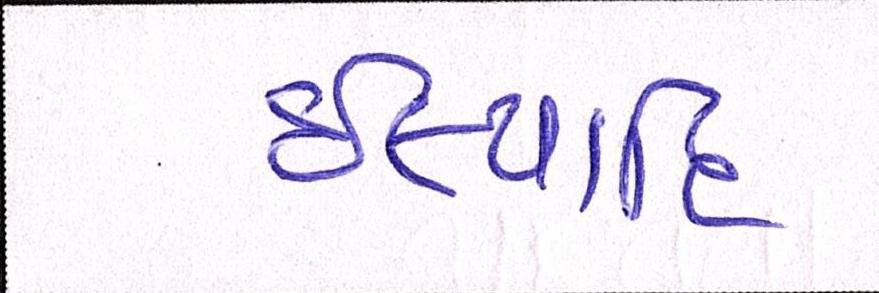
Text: ઈત્યાદિ